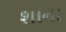
શાના